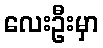
လေးဦးမှာ